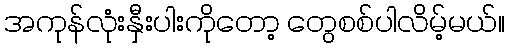
အကုန်လုံးနှီးပါးကိုတော့ တွေစစ်ပါလိမ့်မယ်။